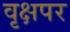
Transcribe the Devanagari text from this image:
वृक्षपर